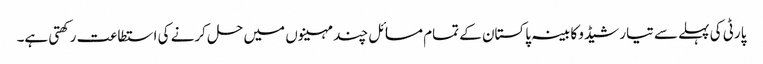
پارٹی کی پہلے سے تیار شیڈو کابینہ پاکستان کے تمام مسائل چند مہینوں میں حل کرنے کی استطاعت رکھتی ہے۔